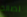
لصالة